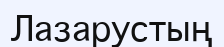
Лазарустың